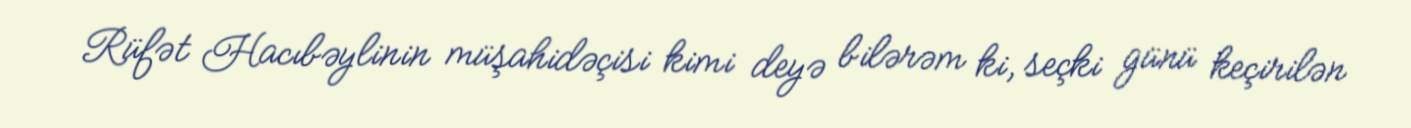
Rüfət Hacıbəylinin müşahidəçisi kimi deyə bilərəm ki, seçki günü keçirilən